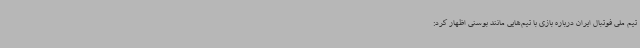
تیم ملی فوتبال ایران درباره بازی با تیم‌هایی مانند بوسنی اظهار کرد: